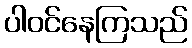
ပါဝင်နေကြသည်